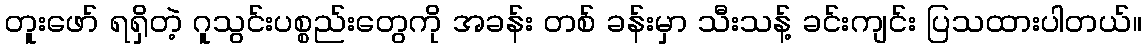
တူးဖော် ရရှိတဲ့ ဂူသွင်းပစ္စည်းတွေကို အခန်း တစ် ခန်းမှာ သီးသန့် ခင်းကျင်း ပြသထားပါတယ်။